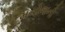
મનોજની